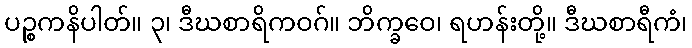
ပဉ္စကနိပါတ်။ ၃၊ ဒီဃစာရိကဝဂ်။ ဘိက္ခဝေ၊ ရဟန်းတို့။ ဒီဃစာရီကံ၊